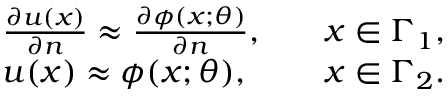
\begin{array} { r l r } & { \frac { \partial u ( \boldsymbol { x } ) } { \partial \boldsymbol { n } } \approx \frac { \partial \phi ( \boldsymbol { x ; \theta } ) } { \partial \boldsymbol { n } } , \quad } & { \boldsymbol { x } \in \Gamma _ { 1 } , } \\ & { u ( \boldsymbol { x } ) \approx \phi ( \boldsymbol { x ; \theta } ) , \quad } & { \boldsymbol { x } \in \Gamma _ { 2 } . } \end{array}